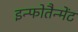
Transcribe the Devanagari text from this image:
इन्फोतैन्मेंट